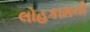
લોહકામની